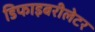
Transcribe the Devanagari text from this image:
डिफाइबरीलेटर